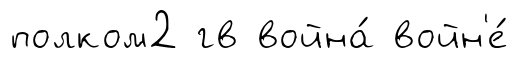
полком2 гв война́ войн'е́